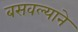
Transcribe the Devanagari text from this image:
बसवल्याने